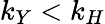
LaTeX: k_{Y}<k_{H}